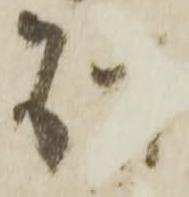
別